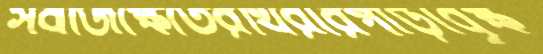
সবজিক্ষেতেরথিরারপাড়াবৃক্ষ